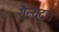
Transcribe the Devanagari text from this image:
सैन्यदत्त